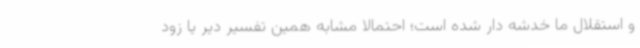
و استقلال ما خدشه دار شده است؛ احتمالا مشابه همین تفسیر دیر یا زود